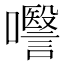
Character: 𭌱